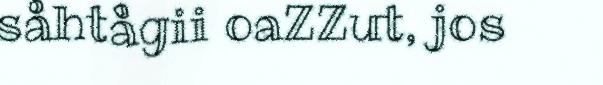
såhtågii oaZZut, jos